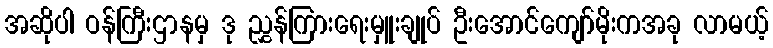
အဆိုပါ ဝန်ကြီးဌာနမှ ဒု ညွှန်ကြားရေးမှူးချုပ် ဦးအောင်ကျော်မိုးကအခု လာမယ့်